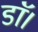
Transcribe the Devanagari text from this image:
डाॅ।